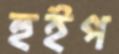
হুইপ